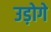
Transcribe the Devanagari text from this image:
उड़ोगे